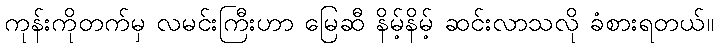
ကုန်းကိုတက်မှ လမင်းကြီးဟာ မြေဆီ နိမ့်နိမ့် ဆင်းလာသလို ခံစားရတယ်။